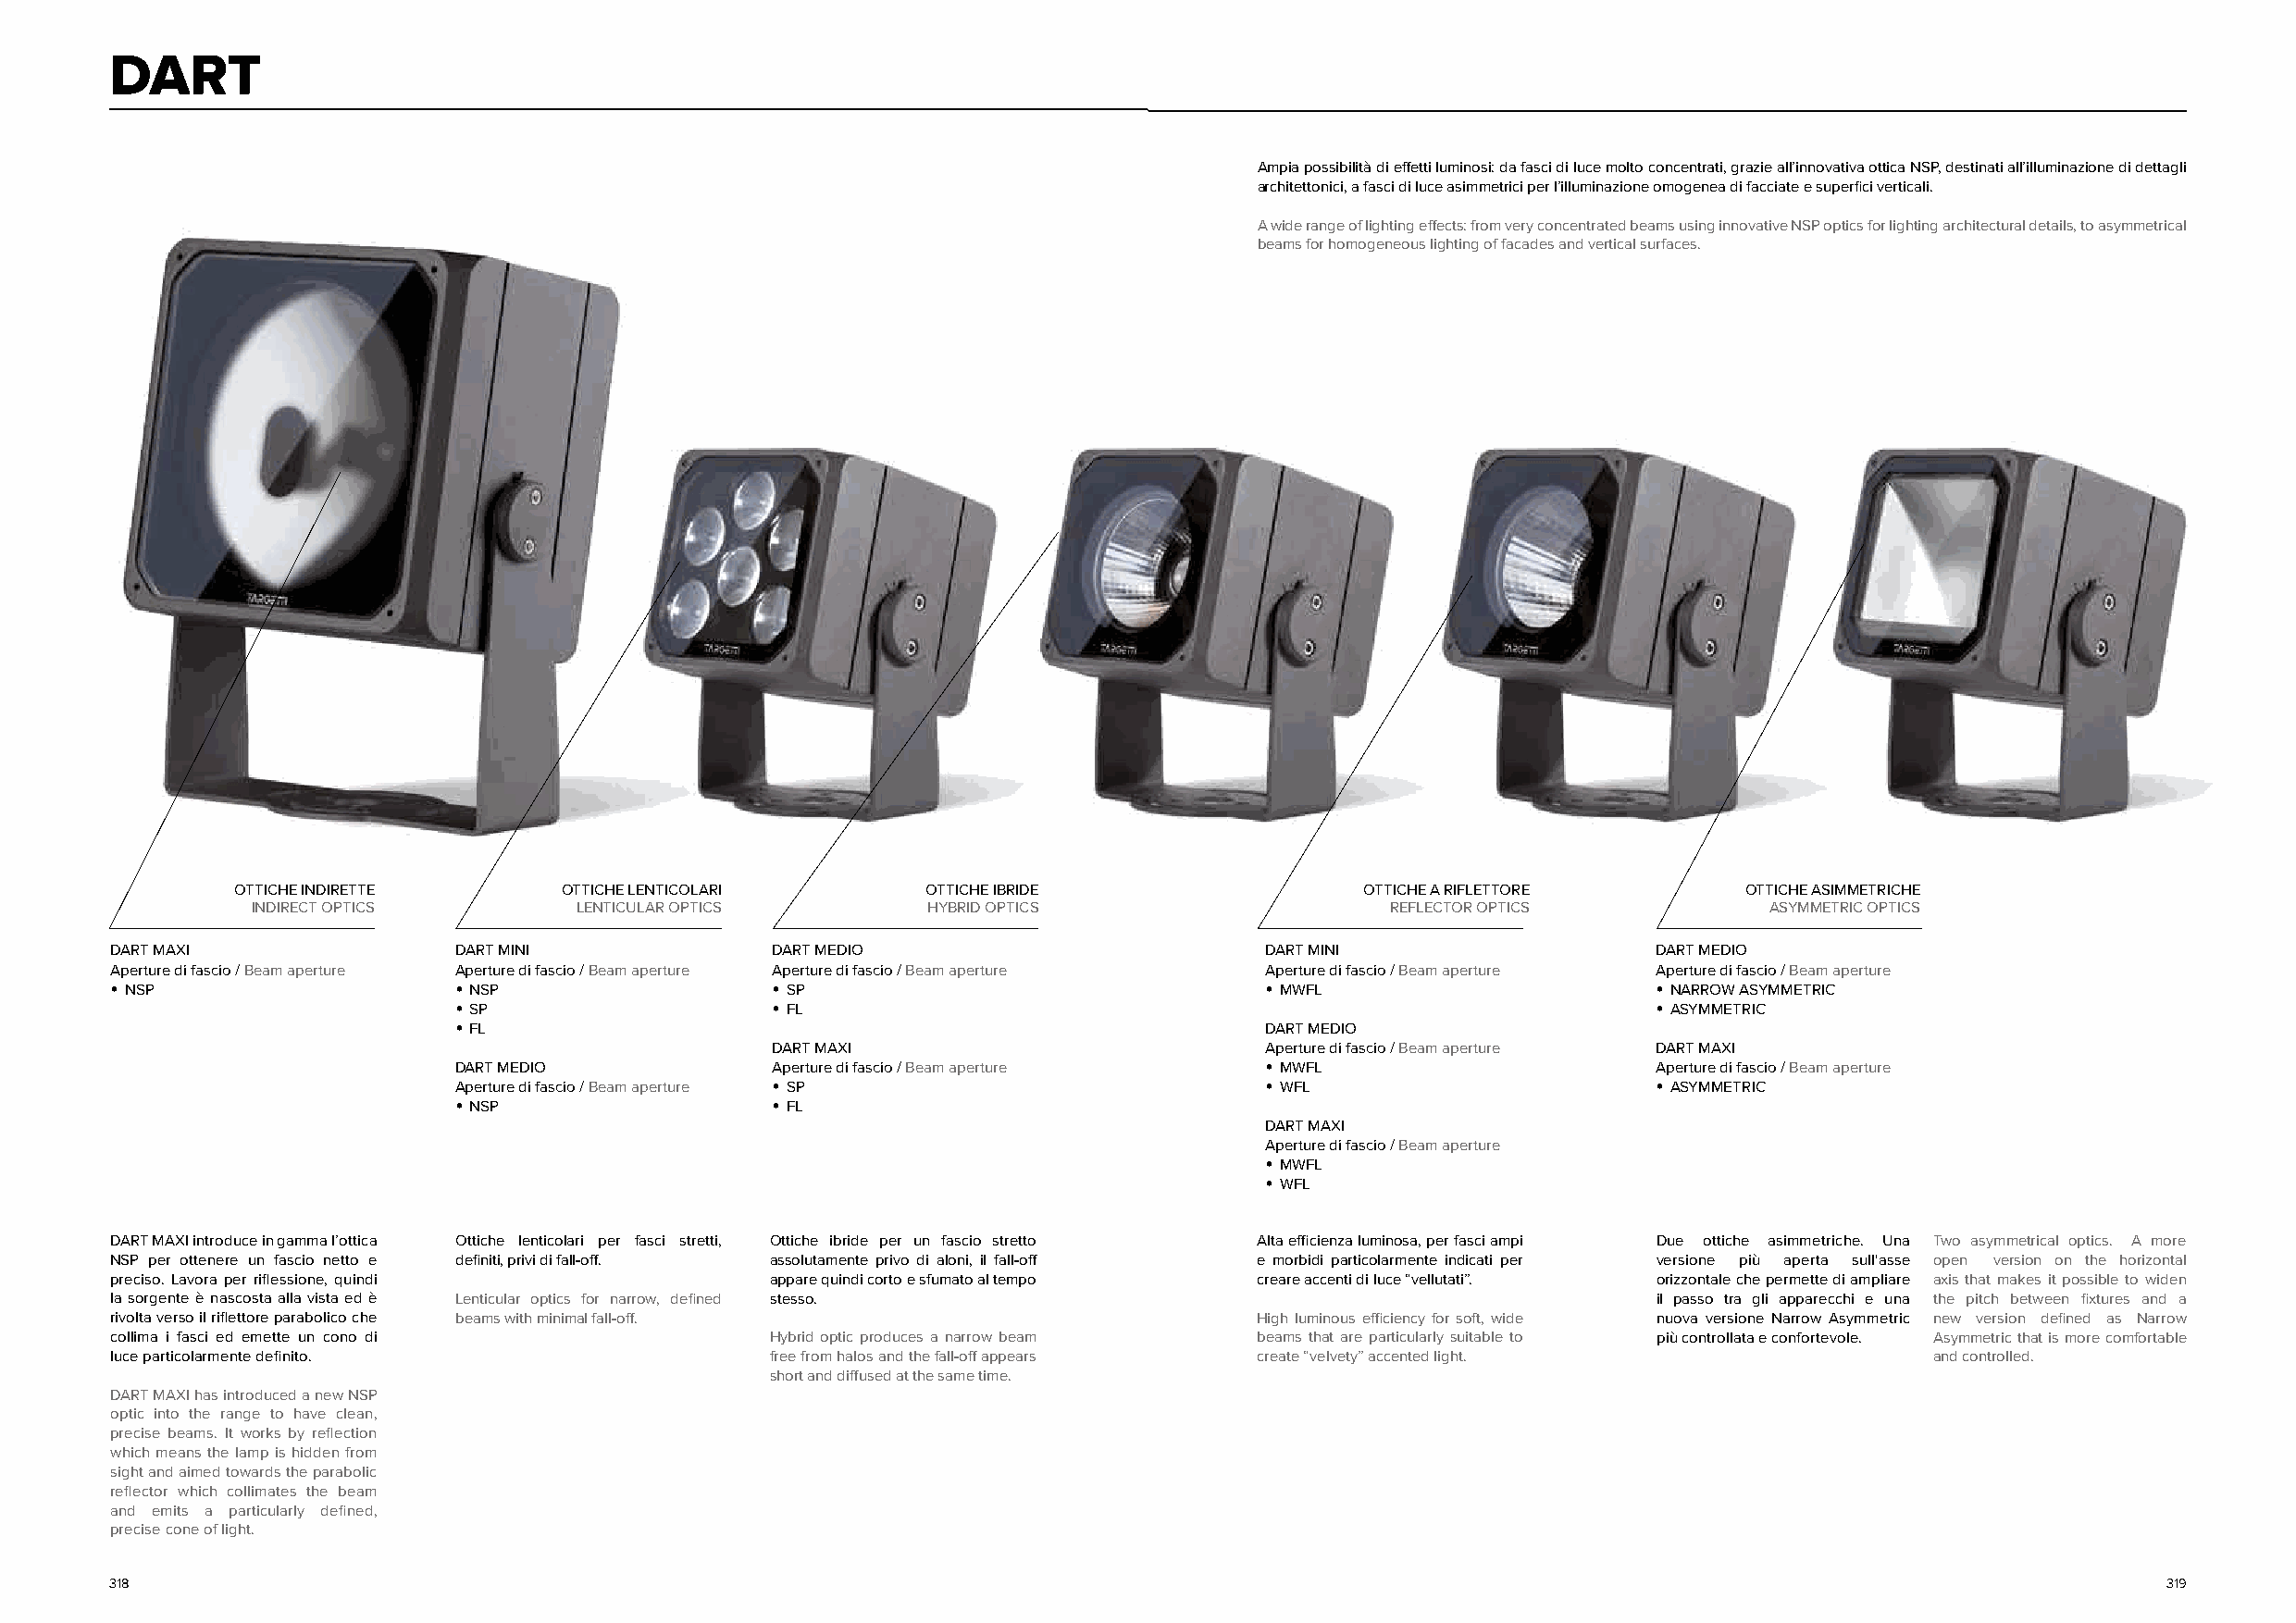
DART
 Ampia possibilità di effetti luminosi: da fasci di luce molto concentrati, grazie all’innovativa ottica NSP, destinati all’illuminazione di dettagli
 architettonici, a fasci di luce asimmetrici per l’illuminazione omogenea di facciate e superfici verticali.
 A wide range of lighting effects: from very concentrated beams using innovative NSP optics for lighting architectural details, to asymmetrical
 beams for homogeneous lighting of facades and vertical surfaces.
 OTTICHE INDIRETTE      OTTICHE LENTICOLARI       OTTICHE IBRIDE                  OTTICHE A RIFLETTORE       OTTICHE ASIMMETRICHE
 INDIRECT OPTICS        LENTICULAR OPTICS        HYBRID OPTICS                    REFLECTOR OPTICS            ASYMMETRIC OPTICS
 DART MAXI                DART MINI             DART MEDIO                         DART MINI                   DART MEDIO
 Aperture di fascio / Beam aperture Aperture di fascio / Beam aperture Aperture di fascio / Beam aperture Aperture di fascio / Beam aperture Aperture di fascio / Beam aperture
 • NSP                    • NSP                 • SP                               • MWFL                      • NARROW ASYMMETRIC
 • SP                  • FL                                                           • ASYMMETRIC
 • FL                                                     DART MEDIO
 DART MAXI                          Aperture di fascio / Beam aperture DART MAXI
 DART MEDIO            Aperture di fascio / Beam aperture • MWFL                      Aperture di fascio / Beam aperture
 Aperture di fascio / Beam aperture • SP                  • WFL                       • ASYMMETRIC
 • NSP                 • FL
 DART MAXI
 Aperture di fascio / Beam aperture
 • MWFL
 • WFL
 DART MAXI introduce in gamma l’ottica Ottiche lenticolari per fasci stretti, Ottiche ibride per un fascio stretto Alta efficienza luminosa, per fasci ampi Due ottiche asimmetriche. Una Two asymmetrical optics. A more
 NSP per ottenere un fascio netto e definiti, privi di fall-off. assolutamente privo di aloni, il fall-off e morbidi particolarmente indicati per versione più aperta sull'asse open version on the horizontal
 preciso. Lavora per riflessione, quindi        appare quindi corto e sfumato al tempo creare accenti di luce “vellutati”. orizzontale che permette di ampliare axis that makes it possible to widen
 la sorgente è nascosta alla vista ed è Lenticular optics for narrow, defined stesso.                          il passo tra gli apparecchi e una the pitch between fixtures and a
 rivolta verso il riflettore parabolico che beams with minimal fall-off.           High luminous efficiency for soft, wide nuova versione Narrow Asymmetric new version defined as Narrow
 collima i fasci ed emette un cono di           Hybrid optic produces a narrow beam beams that are particularly suitable to più controllata e confortevole. Asymmetric that is more comfortable
 luce particolarmente definito.                 free from halos and the fall-off appears create “velvety” accented light.          and controlled.
 short and diffused at the same time.
 DART MAXI has introduced a new NSP
 optic into the range to have clean,
 precise beams. It works by reflection
 which means the lamp is hidden from
 sight and aimed towards the parabolic
 reflector which collimates the beam
 and emits a particularly defined,
 precise cone of light.
 318                                                                                                                                                319